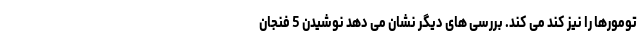
تومورها را نیز کند می کند. بررسی های دیگر نشان می دهد نوشیدن 5 فنجان